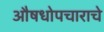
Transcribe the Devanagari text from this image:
औषधोपचाराचे